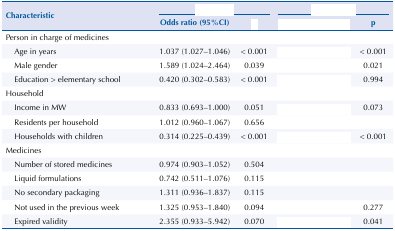
<table><thead><tr><td rowspan="3"><b>Characteristic</b></td><td colspan="2">[EMPTY_CELL]</td><td colspan="2">[EMPTY_CELL]</td></tr><tr><td><b>Odds ratio (95%CI)</b></td><td>[EMPTY_CELL]</td><td>[EMPTY_CELL]</td><td><b>p</b></td></tr></thead><tbody><tr><td>Person in charge of medicines</td><td>[EMPTY_CELL]</td><td>[EMPTY_CELL]</td><td>[EMPTY_CELL]</td><td>[EMPTY_CELL]</td></tr><tr><td>Age in years</td><td>1.037 (1.027–1.046)</td><td>&lt; 0.001</td><td>[EMPTY_CELL]</td><td>&lt; 0.001</td></tr><tr><td>Male gender</td><td>1.589 (1.024–2.464)</td><td>0.039</td><td>[EMPTY_CELL]</td><td>0.021</td></tr><tr><td>Education &gt; elementary school</td><td>0.420 (0.302–0.583)</td><td>&lt; 0.001</td><td>[EMPTY_CELL]</td><td>0.994</td></tr><tr><td>Household</td><td>[EMPTY_CELL]</td><td>[EMPTY_CELL]</td><td>[EMPTY_CELL]</td><td>[EMPTY_CELL]</td></tr><tr><td>Income in MW</td><td>0.833 (0.693–1.000)</td><td>0.051</td><td>[EMPTY_CELL]</td><td>0.073</td></tr><tr><td>Residents per household</td><td>1.012 (0.960–1.067)</td><td>0.656</td><td>[EMPTY_CELL]</td><td>[EMPTY_CELL]</td></tr><tr><td>Households with children</td><td>0.314 (0.225–0.439)</td><td>&lt; 0.001</td><td>[EMPTY_CELL]</td><td>&lt; 0.001</td></tr><tr><td>Medicines</td><td>[EMPTY_CELL]</td><td>[EMPTY_CELL]</td><td>[EMPTY_CELL]</td><td>[EMPTY_CELL]</td></tr><tr><td>Number of stored medicines</td><td>0.974 (0.903–1.052)</td><td>0.504</td><td>[EMPTY_CELL]</td><td>[EMPTY_CELL]</td></tr><tr><td>Liquid formulations</td><td>0.742 (0.511–1.076)</td><td>0.115</td><td>[EMPTY_CELL]</td><td>[EMPTY_CELL]</td></tr><tr><td>No secondary packaging</td><td>1.311 (0.936–1.837)</td><td>0.115</td><td>[EMPTY_CELL]</td><td>[EMPTY_CELL]</td></tr><tr><td>Not used in the previous week</td><td>1.325 (0.953–1.840)</td><td>0.094</td><td>[EMPTY_CELL]</td><td>0.277</td></tr><tr><td>Expired validity</td><td>2.355 (0.933–5.942)</td><td>0.070</td><td>[EMPTY_CELL]</td><td>0.041</td></tr></tbody></table>